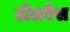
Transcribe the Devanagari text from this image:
टोलरेंस